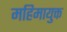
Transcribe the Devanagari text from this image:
महिमायुक्त